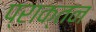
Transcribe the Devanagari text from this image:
प्राक्तन